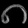
Digit: ၈